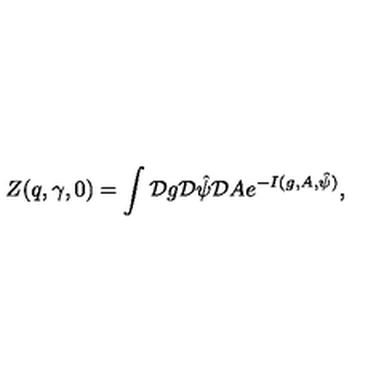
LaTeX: Z ( q , \gamma , 0 ) = \int { \cal D } g { \cal D } { \hat { \psi } } { \cal D } A e ^ { - I ( g , A , { \hat { \psi } } ) } ,